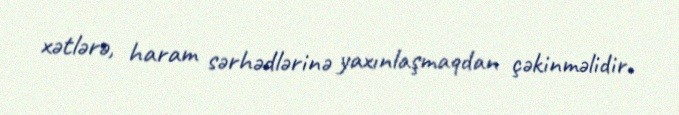
xətlərə, haram sərhədlərinə yaxınlaşmaqdan çəkinməlidir.